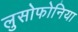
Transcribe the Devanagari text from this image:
लुसोफोनिया